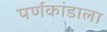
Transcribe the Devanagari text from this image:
पर्णकांडाला